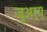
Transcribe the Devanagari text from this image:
जुअर्य्